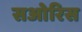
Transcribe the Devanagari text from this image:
सओरिस